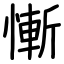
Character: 慚